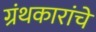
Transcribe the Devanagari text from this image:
ग्रंथकारांचे